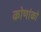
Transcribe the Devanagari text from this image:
कोणांकों